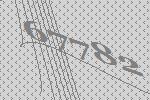
67782